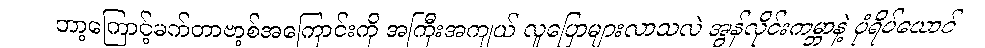
ဘာ့ကြောင့်မက်တာဗာ့စ်အကြောင်းကို အကြီးအကျယ် လူပြောများလာသလဲ အွန်လိုင်းကမ္ဘာနဲ့ ပုံရိပ်ယောင်